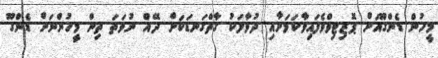
މީހުން ޑެންގޫއަށް ޕޮޒިޓިވްވެފައިވާކަމަށާއި ދުވާލަކު ގާތްގަނޑަކަށް ދޭއް ނުވަތަ ތިން މީހުންނަށް ޑެންގޫ